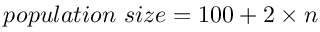
p o p u l a t i o n ~ s i z e = 1 0 0 + 2 \times n